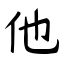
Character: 他